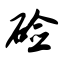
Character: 硷